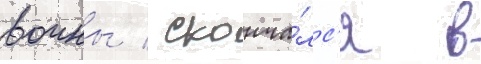
воины / сконча́лс'я в